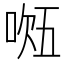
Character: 𭈔